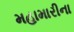
મહામારીના